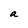
Character: a